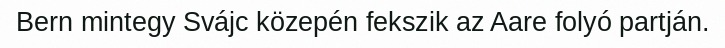
Bern mintegy Svájc közepén fekszik az Aare folyó partján.